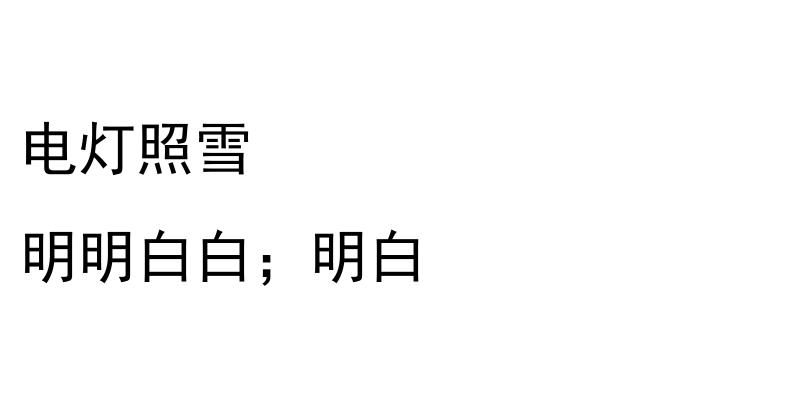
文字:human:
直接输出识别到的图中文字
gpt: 电灯照雪 明明白白；明白